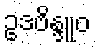
ဥဒဗိန္ဒူဝ